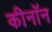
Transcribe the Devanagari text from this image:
कीनॉन